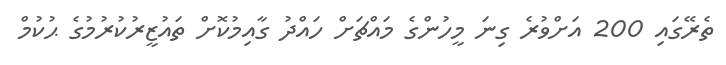
ތެރޭގައި 200 އަށްވުރެ ގިނަ މީހުންގެ މައްޗަށް ހައްދު ގާއިމުކޮށް ތައުޒީރުކުރުމުގެ ޙުކުމް